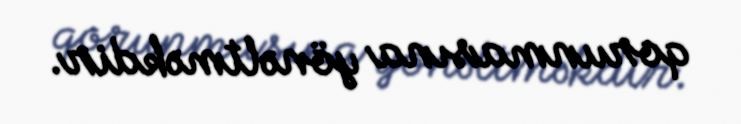
qorunmasına yönəltməkdir.